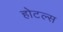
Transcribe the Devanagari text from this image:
होटल्‍स